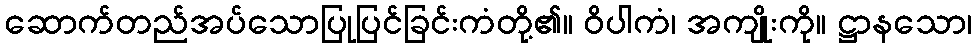
ဆောက်တည်အပ်သောပြုပြင်ခြင်းကံတို့၏။ ဝိပါကံ၊ အကျိုးကို။ ဋ္ဌာနသော၊